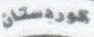
كوردستان